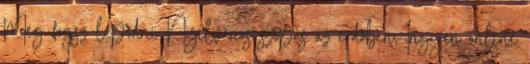
Meg fogsz lepődni Nyilvános szopás az erdőben, Ingyen online